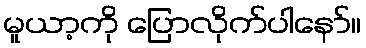
မူယာ့ကို ပြောလိုက်ပါနော်။